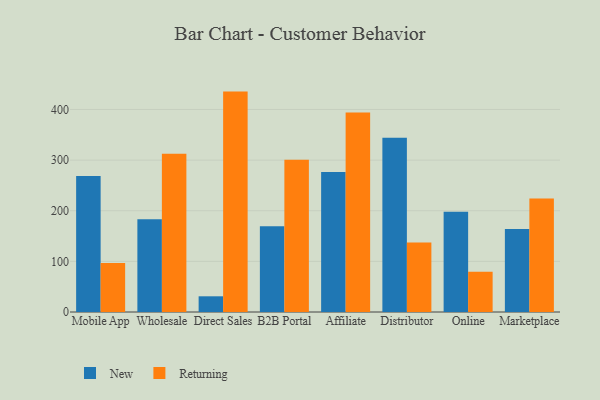
{"axis": {"x": "Channel", "y": "Page Views"}, "legend": ["New", "Returning"], "data": [{"x": "Mobile App", "y": 268.6, "type": "New"}, {"x": "Mobile App", "y": 96.8, "type": "Returning"}, {"x": "Wholesale", "y": 183.0, "type": "New"}, {"x": "Wholesale", "y": 312.7, "type": "Returning"}, {"x": "Direct Sales", "y": 31.0, "type": "New"}, {"x": "Direct Sales", "y": 435.3, "type": "Returning"}, {"x": "B2B Portal", "y": 169.4, "type": "New"}, {"x": "B2B Portal", "y": 300.8, "type": "Returning"}, {"x": "Affiliate", "y": 276.4, "type": "New"}, {"x": "Affiliate", "y": 393.8, "type": "Returning"}, {"x": "Distributor", "y": 344.3, "type": "New"}, {"x": "Distributor", "y": 137.1, "type": "Returning"}, {"x": "Online", "y": 197.8, "type": "New"}, {"x": "Online", "y": 79.5, "type": "Returning"}, {"x": "Marketplace", "y": 163.8, "type": "New"}, {"x": "Marketplace", "y": 224.3, "type": "Returning"}]}